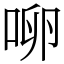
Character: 𰇬